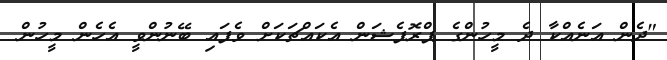
"ދެން އަނެއްކާ ދެ މީހުންގެ ޕްރޮފެޝަން އެކައްޗަކަށް ވެފައި ބޭނުންވީ އެހެން މީހުން